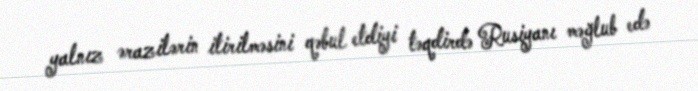
yalnız ərazilərin itirilməsini qəbul etdiyi təqdirdə Rusiyanı məğlub edə